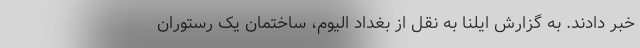
خبر دادند. به گزارش ایلنا به نقل از بغداد الیوم، ساختمان یک رستوران